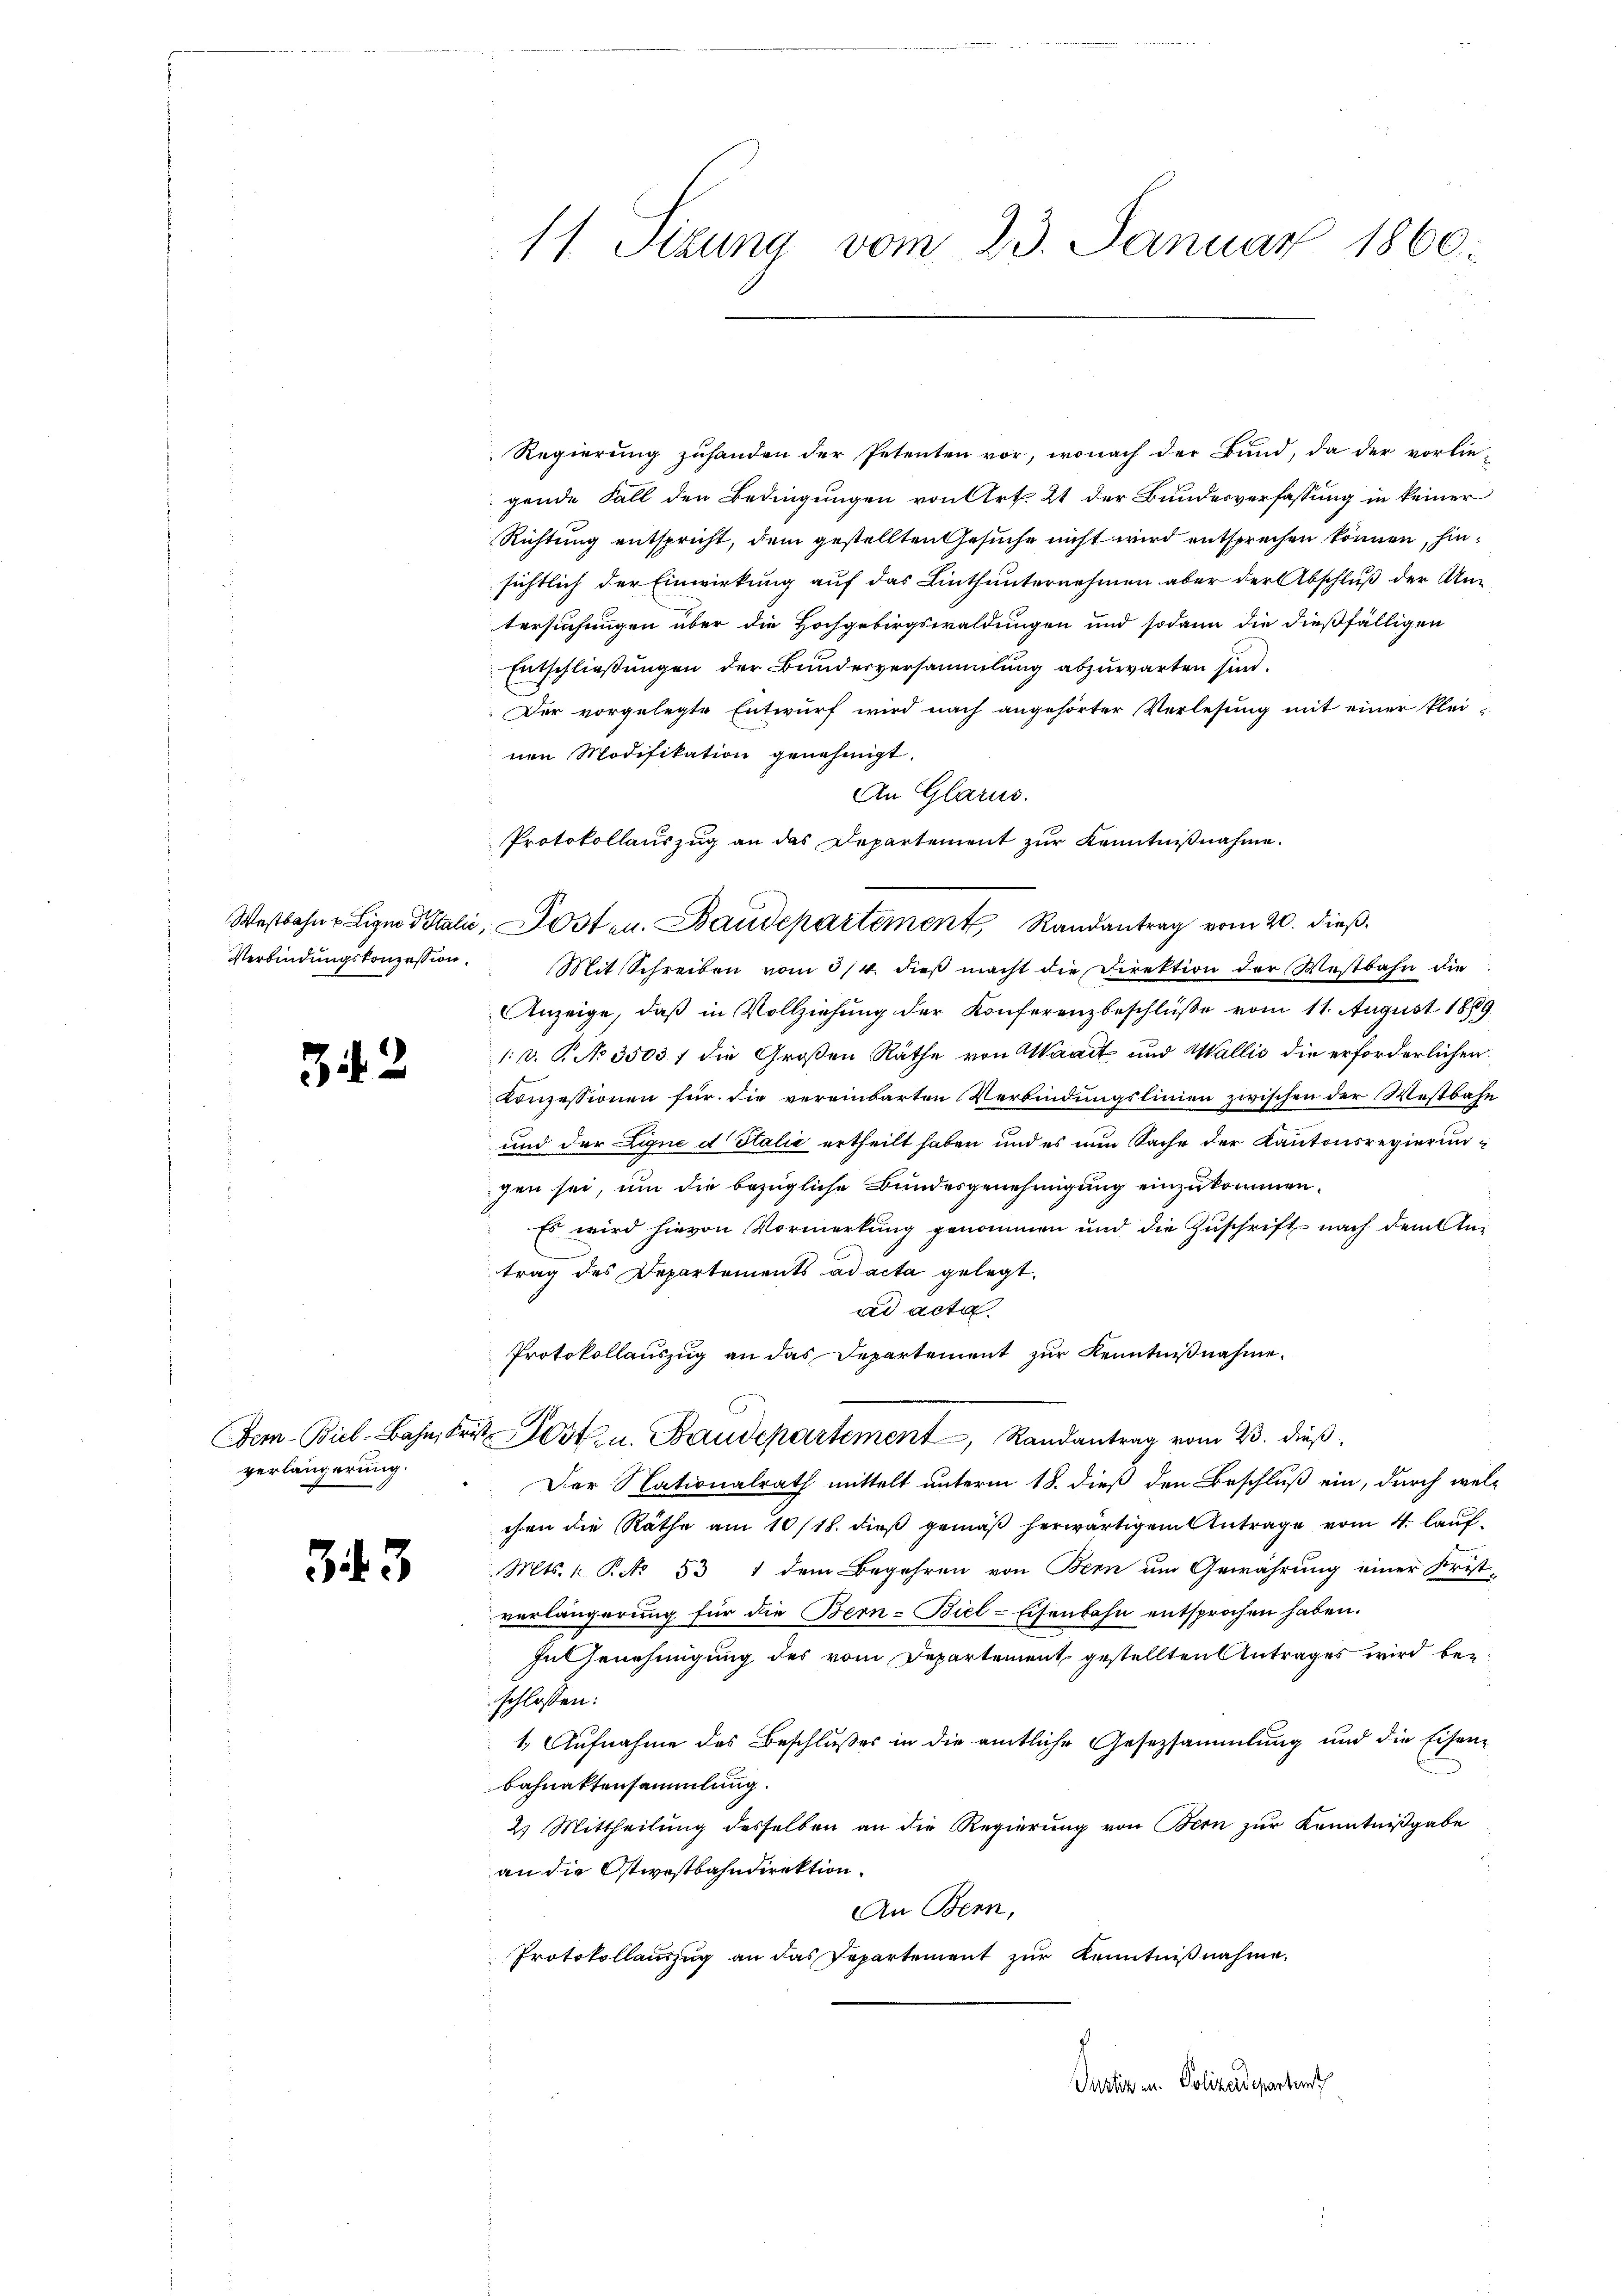
342

verlängerung.

343

Regierung zuhanden der Petenten vor, wonach der Bund, da der vorlie-
gende Fall den Bedingungen von Art. 21 der Bundesverfassung in keiner
Richtung entspricht, dem gestellten Gesuche nicht wird entsprechen können, hinsichtlich der Einwirkung auf das Linthunternehmen aber der Abschluß der Antersuchungen über die Hochgebirgswaldungen und sodann die dießfälligen
Entschließungen der Bunderversammlung abzuwarten sind.
Der vorgelegte Entwurf wird nach angehörter Verlesung mit einer klei-
nen Modifikation genehmigt.
An Glarus.
Protokollauszug an das Departement zur Kenntnißnahme.
Verbindŭngskonzession. Mit Schreiben vom 3/4. dieβ macht die Direktion der Westbahn die
Anzeige, daß in Vollziehung der Konferenzbeschlüße vom 11. August 1889
1. v. P. No 3503 f die Großen Räthe von Waadt und Wallis die erforderlichen
Konzessionen für die vereinbarten Verbindungslinien zwischen der Westbahn
und der Eigne d Italić ertheilt haben und es nun Sache der Kantonsregierungen sei, um die bezügliche Bundesgenehmigung einzukommen.
Es wird hievon Vormerkung genommen und die Zŭschrift nach dem Antrag des Departements ad acta gelegt.
ad acta.
Protokollauszug an das Departement zur Kenntnißnahme.
Dem Biel-Bahn Frist Post. u. Baudepartement, Randantrag vom 23. dieß,
Der Nationalrath mittelt unterm 18. dieß den Beschluß ein, durch wel-
chen die Räthe am 10/18. dieß gemäß herwärtigen Antrage vom 4. lauf¬
Mts. 1. Rito 53 1 dem Begehren von Bern um Gewährung einer Frist-
verlängerung für die Bern-Biel-Eisenbahn entsprochen haben.
In Genehmigung des vom Departement gestellten Antrages wird beschlossen:
1. Aufnahme des Beschlußes in die amtliche Gesetzsammlung und die Eisenbahnaktensammlung.
2) Mittheilung desselben an die Regierung von Bern zur Kenntnißgabe
an die Ostwestbahndirektion.
An Bern,
Protokollauszug an das Repartement zŭr Kenntnißnahme.

11 Sizung vom 23. Januar 1860.

Wostbahne Lign Vitalić, Posten. Baudepartement Randantrag vom 20. dieß.

Justiz an. Polizeidepartent